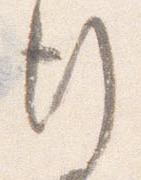
行